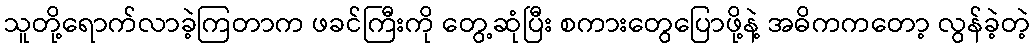
သူတို့ရောက်လာခဲ့ကြတာက ဖခင်ကြီးကို တွေ့ဆုံပြီး စကားတွေပြောဖို့နဲ့ အဓိကကတော့ လွန်ခဲ့တဲ့